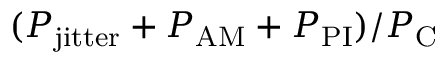
( P _ { \mathrm { j i t t e r } } + P _ { \mathrm { A M } } + P _ { \mathrm { P I } } ) / P _ { \mathrm { C } }